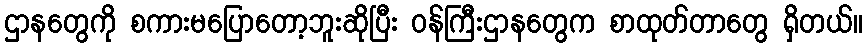
ဌာနတွေကို စကားမပြောတော့ဘူးဆိုပြီး ဝန်ကြီးဌာနတွေက စာထုတ်တာတွေ ရှိတယ်။